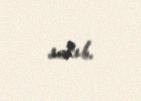
satıb.